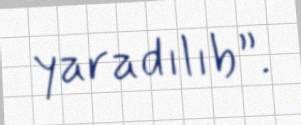
yaradılıb”.